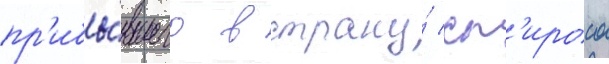
пр'ибы́вшего в страну́ сп'ироса